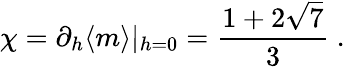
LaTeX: \chi=\partial_{h}\langle m\rangle|_{h=0}=\frac{1+2\sqrt{7}}{3}\ .